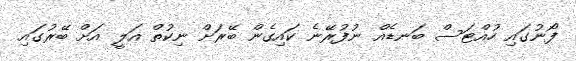
ފޯނުގައި ހުއްޓަސް ބަނޑެއް ނުފުރޭނެ ކައިގެން ބޭރަށް ނިކުތް އަލީ އަށް ބޭރުގައި